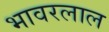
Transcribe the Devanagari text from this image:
भावरलाल